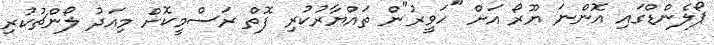
ޕޯލެންޑްގައި އޮންނަ ޔޫރޯ އަށް "ހަވީރު"ން ތައްޔާރުކުރި ފޮތް ރަސްމީކޮށް މިއަދު ލޯންޗުކުރި